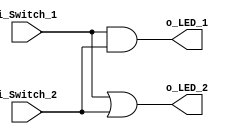
module Gate_Project
(input i_Switch_1,
 input i_Switch_2,
 output o_LED_1,
 output o_LED_2);

 assign o_LED_1 = i_Switch_1 & i_Switch_2;
 assign o_LED_2 = i_Switch_1 | i_Switch_2;

endmodule